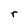
Character: r